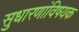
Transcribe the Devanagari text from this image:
सुधारणांविषयक